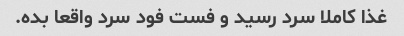
غذا کاملا سرد رسید و فست فود سرد واقعا بده.